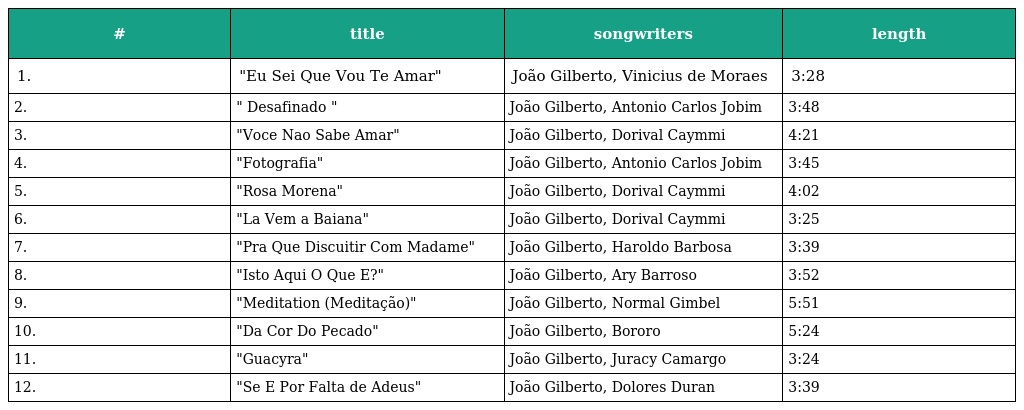
| # | title | songwriters | length |
 | --- | --- | --- | --- |
 | 1. | "Eu Sei Que Vou Te Amar" | João Gilberto, Vinicius de Moraes | 3:28 |
 | 2. | " Desafinado " | João Gilberto, Antonio Carlos Jobim | 3:48 |
 | 3. | "Voce Nao Sabe Amar" | João Gilberto, Dorival Caymmi | 4:21 |
 | 4. | "Fotografia" | João Gilberto, Antonio Carlos Jobim | 3:45 |
 | 5. | "Rosa Morena" | João Gilberto, Dorival Caymmi | 4:02 |
 | 6. | "La Vem a Baiana" | João Gilberto, Dorival Caymmi | 3:25 |
 | 7. | "Pra Que Discuitir Com Madame" | João Gilberto, Haroldo Barbosa | 3:39 |
 | 8. | "Isto Aqui O Que E?" | João Gilberto, Ary Barroso | 3:52 |
 | 9. | "Meditation (Meditação)" | João Gilberto, Normal Gimbel | 5:51 |
 | 10. | "Da Cor Do Pecado" | João Gilberto, Bororo | 5:24 |
 | 11. | "Guacyra" | João Gilberto, Juracy Camargo | 3:24 |
 | 12. | "Se E Por Falta de Adeus" | João Gilberto, Dolores Duran | 3:39 |